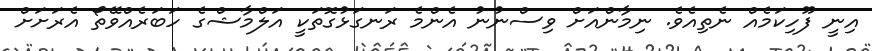
އިނީ ފޫހިކަމެއް ނެތިއެވެ. ނިމާންއަށް ވިސްނުނު އެންމެ ރަނގަޅުގޮތަކީ އަލްމާޝްގެ ހަބަރެއްވޭތޯ އެރަށަށް